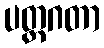
ပတ္တဂတာ